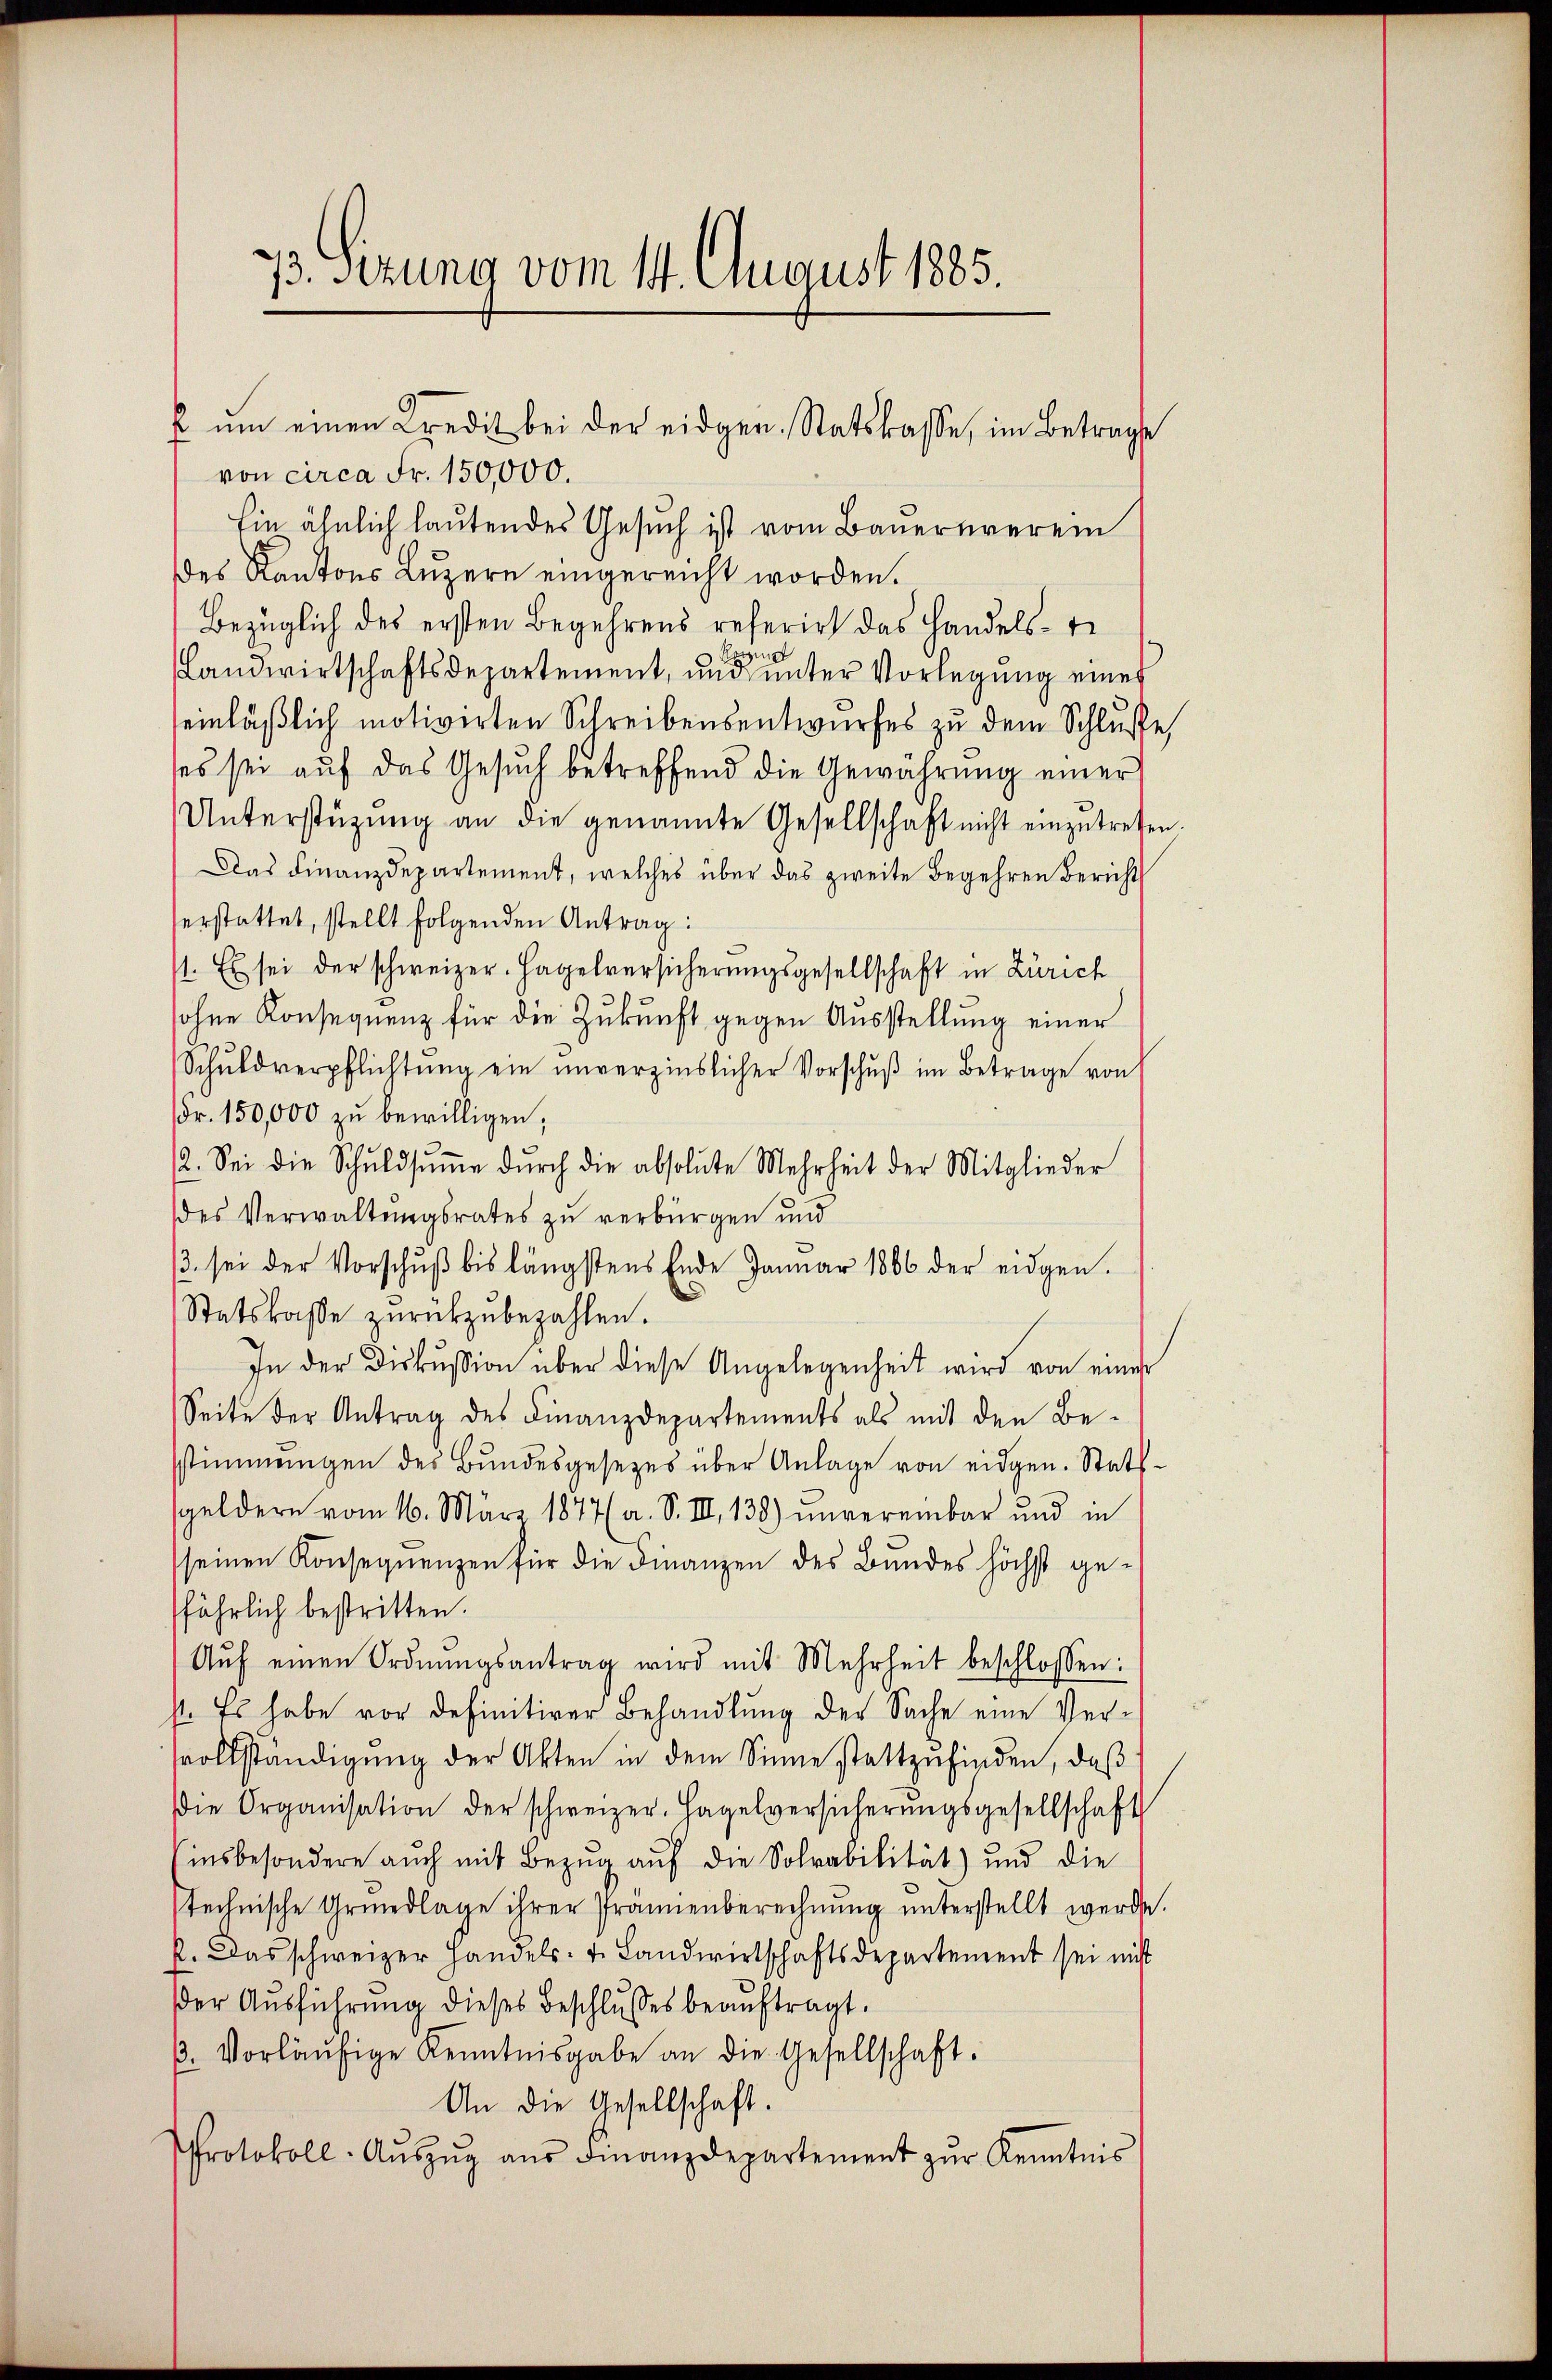
73. Sizung vom 14. August 1885

von circa Fr. 150,000.
Ein ähnlich lautendes Gesuch ist vom Bauernverein
des Kantons Luzern eingereicht worden.
Bezüglich des ersten Begehrens referirt das Handels-Tr
Landwirtschaftsdepartement, und unter Vorlegung eines
einläßlich motivirten Schreibensentwurfes zu dem Schlusse
ses sei auf das Gesuch betreffend die Gewährung einer
Unterstützung an die genannte Gesellschaft nicht einzutreten.
Das Finanzdepartement, welches über das zweite Begehren Bericht
erstattet, stellt folgenden Antrag:
1. Es sei der schweizer. Hagelversicherungsgesellschaft in Zürich
sohne Konsequenz für die Zukunft gegen Ausstellung einer
Schŭldverpflichtŭng ein unverzinslicher Vorschŭβ im Betrage von
Fr. 150,000 zu bewilligen;
2. Sei die Schŭldsŭṁe dŭrch die absolute Mehrheit der Mitglieder
des Verwaltungsrates zu verbürgen und
3. sei der Vorschŭβ bis längstens Ende Januar 1866 der eidgen.
Statskasse zurückzubezahlen.
In der Diskussion über diese Angelegenheit wird von einer
Seite der Antrag des Finanzdepartements als mit den Be-
sstimmungen des Bundesgesetzes über Anlage von eidgen. Stattgeldern vom 16. März 1877 a. S. III, 138) unvereinbar und in
seinen Konsequenzen für die Finanzen des Bundes höchst gefährlich bestritten.
Aŭf einen Ordnŭngsantrag wird mit Mehrheit beschlossen:
st. Es habe vor definitiver Behandlung der Sache eine Versvollständigung der Akten in dem Sinne stattzufinden, daß
ie Organisation der schweizer. Hagelversicherŭngsgesellschaft
(insbesondere auch mit Bezŭg aŭf die Sohrabilität) und die
technische Grŭndlage ihrer Prämienberechnŭng ŭnterstellt werde.
p. Das schweizer Handels- u. Landwirtschaftsdepartement sei nicht
der Ausführung dieses Beschlusses beauftragt.
. Vorläŭfige Kenntnisgabe an die Gesellschaft.
An die Gesellschaft.
Protokoll-Aŭszŭg aŭs Finanzdepartement zŭr Kenntnis

f um einen Credit bei der eidgen. Statskasse, im Betrage